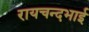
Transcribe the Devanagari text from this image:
रायचन्दभाई